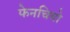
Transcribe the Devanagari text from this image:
फेनचियो